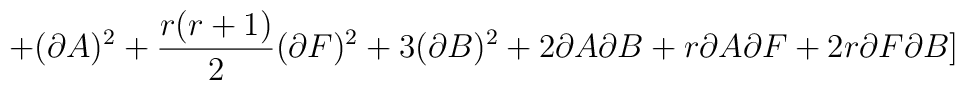
+(\partial A)^{2}+\frac{r(r+1)}{2}(\partial F)^{2}+3(\partial B)^{2}+2\partial A\partial B+r\partial A\partial F +2r\partial F\partial B]